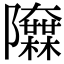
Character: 𨽬